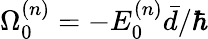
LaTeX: \Omega_{0}^{(n)}=-E_{0}^{(n)}{\bar{d}}/\hbar